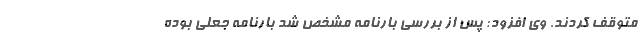
متوقف کردند. وی افزود: پس از بررسی بارنامه مشخص شد بارنامه جعلی بوده